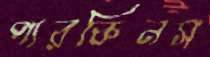
পারকিনস